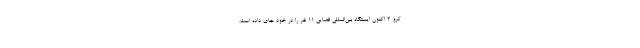
کرو-۲ اکنون ایستگاه بین‌المللی فضایی ۱۱ نفر را در خود جای داده است.